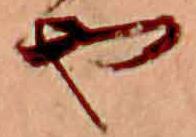
や